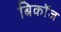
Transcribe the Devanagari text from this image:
बिकॉज